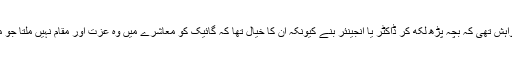
باپ کی خواہش تھی کہ بچہ پڑھ لکھ کر ڈاکٹر یا انجینئر بنے کیونکہ ان کا خیال تھا کہ گائیک کو معاشرے میں وہ عزت اور مقام نہیں ملتا جو ملنا چاہیے۔